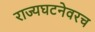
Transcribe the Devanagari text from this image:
राज्यघटनेवरच